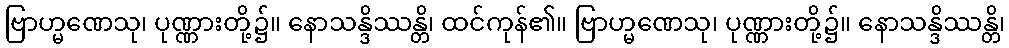
ဗြာဟ္မဏေသု၊ ပုဏ္ဏားတို့၌။ နောသန္ဒိဿန္တိ၊ ထင်ကုန်၏။ ဗြာဟ္မဏေသု၊ ပုဏ္ဏားတို့၌။ နောသန္ဒိဿန္တိ၊